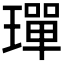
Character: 𤩧